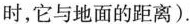
时，它与地面的距离).